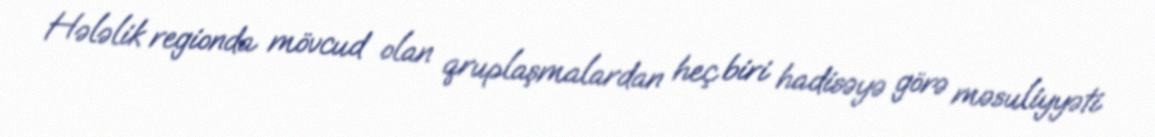
Hələlik regionda mövcud olan qruplaşmalardan heç biri hadisəyə görə məsuliyyəti